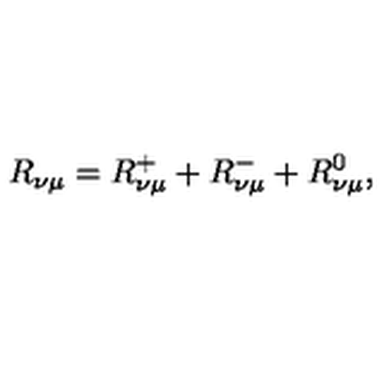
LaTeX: R _ { \nu \mu } = R _ { \nu \mu } ^ { + } + R _ { \nu \mu } ^ { - } + R _ { \nu \mu } ^ { 0 } ,